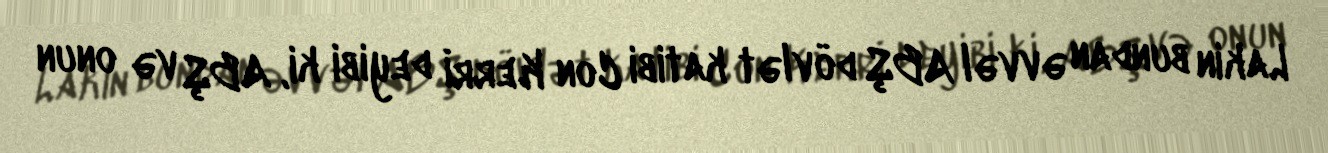
Lakin bundan əvvəl ABŞ dövlət katibi Con Kerrİ deyibi ki, ABŞ və onun